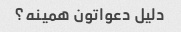
دلیل دعواتون همینه؟